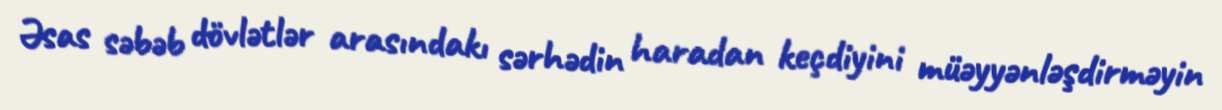
Əsas səbəb dövlətlər arasındakı sərhədin haradan keçdiyini müəyyənləşdirməyin